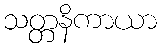
သတ္တနိကာယာ